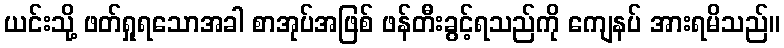
ယင်းသို့ ဖတ်ရှုရသောအခါ စာအုပ်အဖြစ် ဖန်တီးခွင့်ရသည်ကို ကျေနပ် အားရမိသည်။